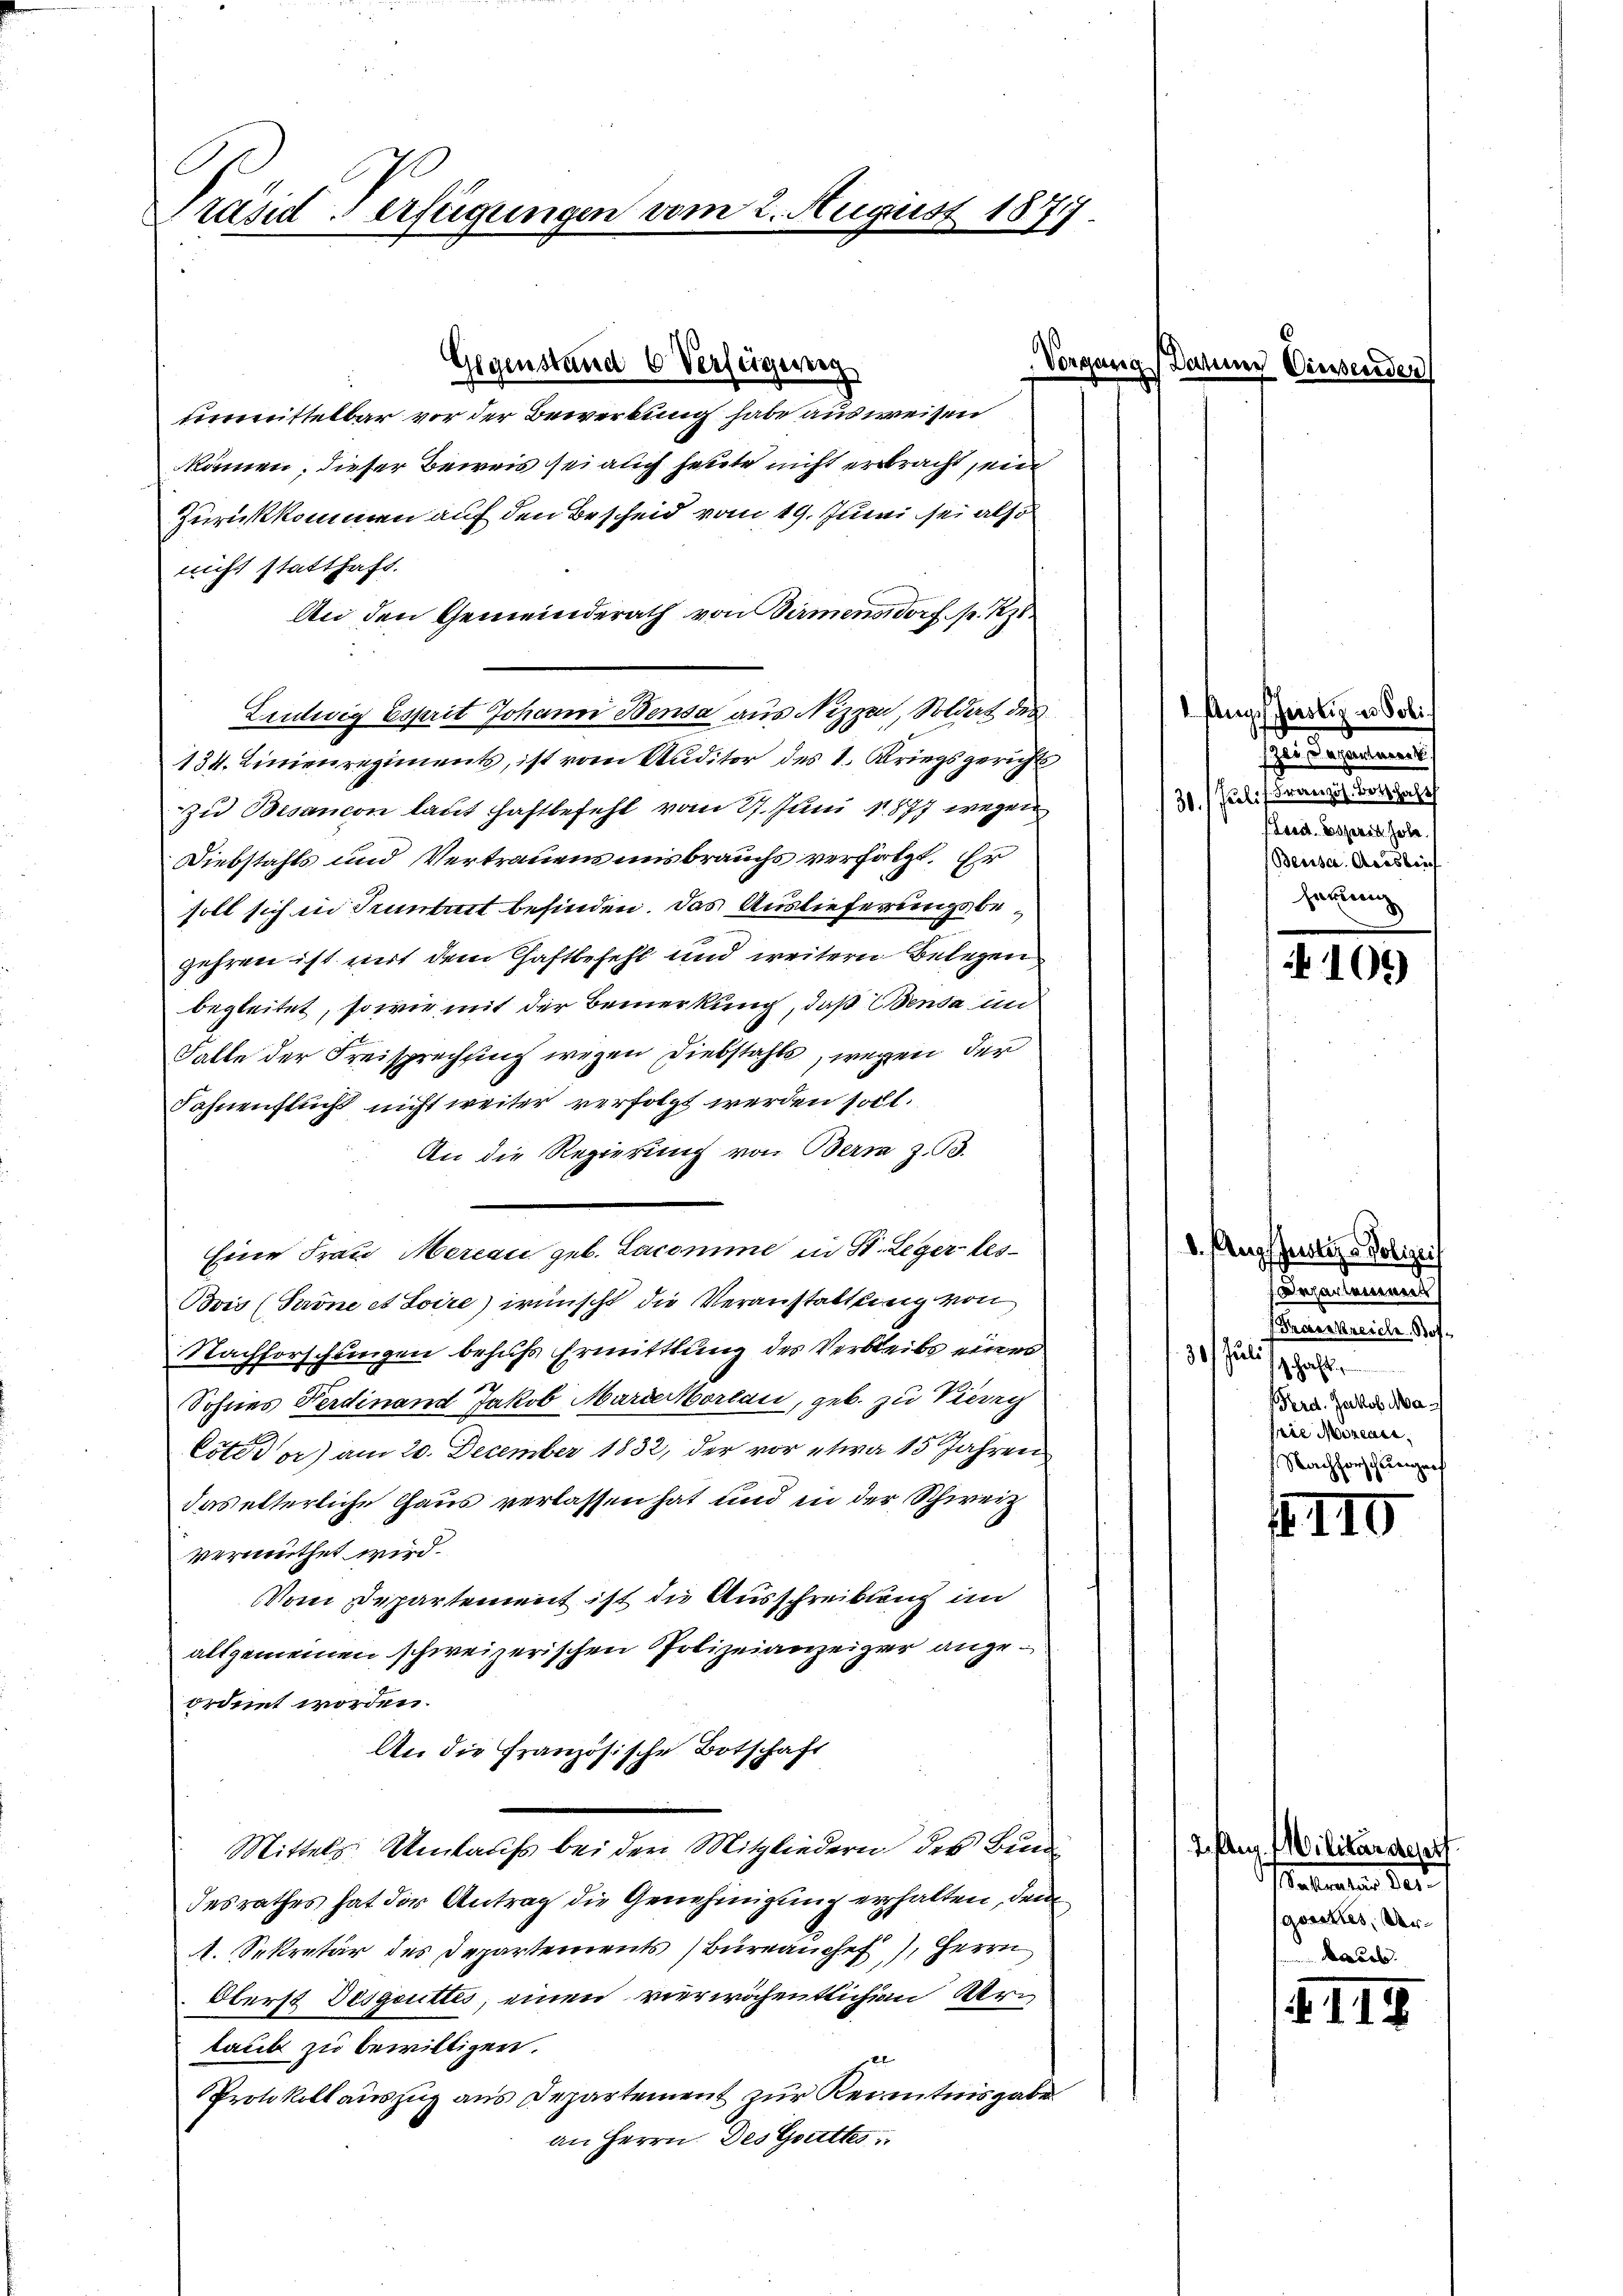
Präsiderfügungen vom 2. August 1877

Gegenstand 6 Verfeigereg

unmittelbar vor der Bewerkung habe ausweisen
können, dieser Beweis sei auch heute nicht erbracht, ein
Zurückkommen auf den Bescheid vom 19. Junii sei also
nicht statthaft.
An den Gemeinderath von Birmensdorf p. 27.
Lentwig Esprit Johann Bensa aus Nizzen, Soldat des
134. Linienregiments, ist vom Studitor des 1. Kriegsgerichts
zu Besancon laut Haftbefehl vom 27. Juni 1877 wegen
Diebstahls und Vertrauens uns brauchs verfolgt. Er
soll sich in Tintuit befinden. Das Auslieferungsbegehren ist mit dem Chaftbefehl und weitern Belegen
begleitet, so wie mit der Bemerkung, daß Benda un
Falle der Freisprechnung wegen Diebstahls, wegen der
Fahnenstuch nicht weiter verfolgt werden soll.
An die Regierung von Bern Z. 13.
Eine Frau Mercau geb. Lacomme in St. Leger bes¬
Bvis (Prone et Soire) wünscht die Veranstaltung von
Nachforschungen behufs Ermittlung des Verbleibe einer
Sohnes Ferdinand Jakob Marierkoreau, geb. zu Kiesg
Cote dor) am 20. December 1832, der vor etwa 15 Jahren
das elterliche Haus verlassen hat und in der Schweiz
vermuthet wird.
Vom Departement ist die Ausschreibung im
allgemeinen schweizerischen Polizeianzeiger angeordnet worden.
An die Französische Botschaft
.
Mittels Umlaufs bei den Mitgliedern des Bund
desrathes hat der Antrag die Genehmigung erhalten, dem
. Sekretär des Departements Büreauche, Herrn
Oberst Desgottes, einen vier wöchentlichem Urlaub zu bewilligen.
Protokollauszug aus Departement zur Kenntnisgabe
an Herrn Des Gottes

1 Augscheinliz in Poli
zer daranturen
31. Juli, Französ. Botschaft
breit. Beheres habe
Beessa Aceslei
sareen

105)

d. Augustiz -Polizei
nzarlassenent
Fraiskreich Bof¬
30. Juli
 haft.
Ferd. Jakob Mapie Mizeae,
orchen

II

Aug. Militärdert
satentens der
goutes, Ver¬

I.119